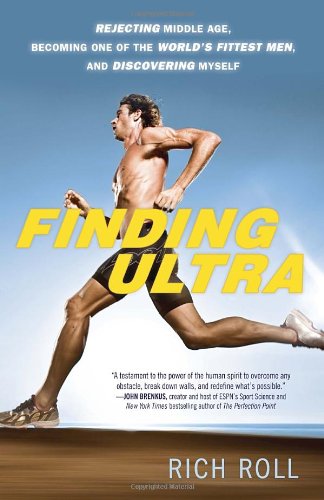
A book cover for Finding Ultra: Rejecting Middle Age, Becoming One of the World's Fittest Men, and Discovering Myself; Rich Roll; Health, Fitness & Dieting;